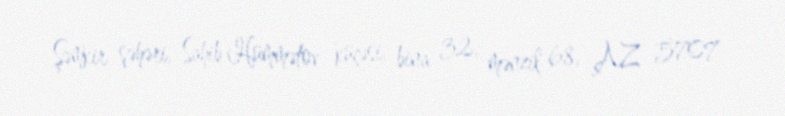
Şəmkir şəhəri, Sahib Hümmətov küçəsi, bina 32, mənzil 68, AZ 5707